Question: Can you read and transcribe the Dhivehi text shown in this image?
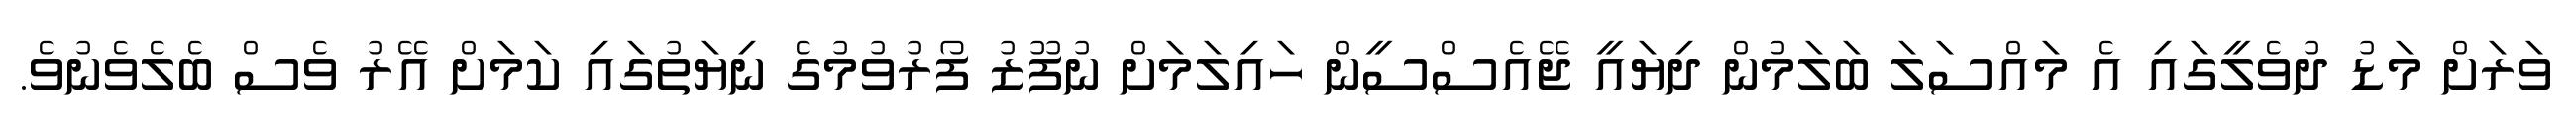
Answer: ވަރަށް މަޑު ދުވެލީގައި އެ މައްސަލަ ބަލަމުން ދިޔައީ ޖޭއެސްސީން ހައިލަމަށް ނުފޫޒު ފޯރުވުމުގެ ނިޔަތުގައި ކަމަށް އޭރު ވެސް ބެލެވެނުވެ.